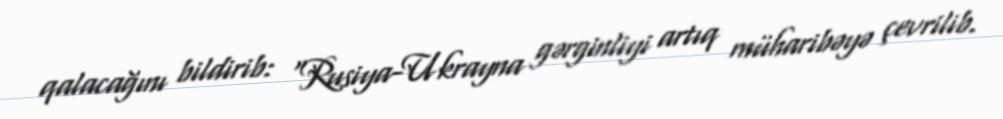
qalacağını bildirib: “Rusiya-Ukrayna gərginliyi artıq müharibəyə çevrilib.